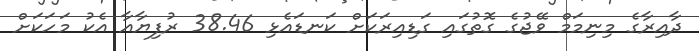
ދާއިރާގެ މިނިމަމް ވޭޖުގެ ގޮތުގައި ގަޑިއިރަކަށް ކަނޑައެޅި 38.46 ރުފިޔާއާ އެކު މަހަކަށް